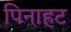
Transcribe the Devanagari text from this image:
पिनाहट